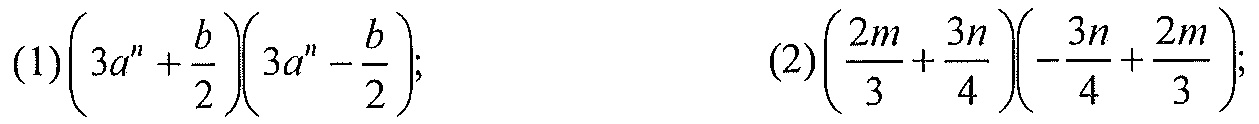
\((1)\left(3a^{n}+\frac{b}{2}\right)\left(3a^{n}-\frac{b}{2}\right);\quad(2)\left(\frac{2m}{3}+\frac{3n}{4}\right)\left(-\frac{3n}{4}+\frac{2m}{3}\right);\)